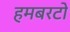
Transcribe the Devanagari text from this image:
हमबरटो